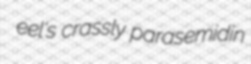
eel's crassly parasemidin